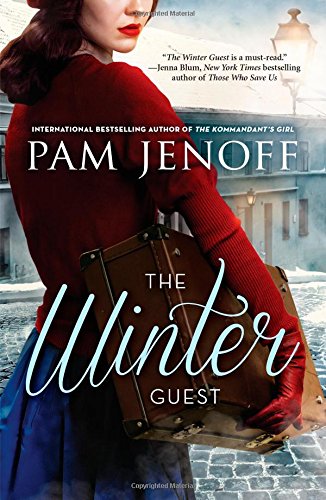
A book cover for The Winter Guest; Pam Jenoff; Romance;